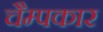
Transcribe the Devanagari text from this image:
चैम्पकार